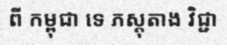
ពី កម្ពុជា ទេ ភស្តុតាង វិជ្ជា